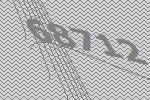
68712